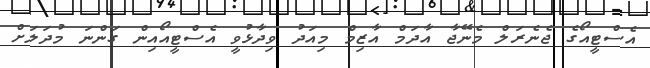
އެސްޓީއޯގެ ޖެނެރަލް މެނޭޖާ އާދަމް އާޒިމް މިއަދު ވިދާޅުވީ އެސްޓީއޯއިން ގަންނަ މުދަލަށް